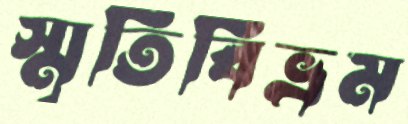
স্মৃতিবিভ্রম